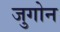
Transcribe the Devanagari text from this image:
जुगोन